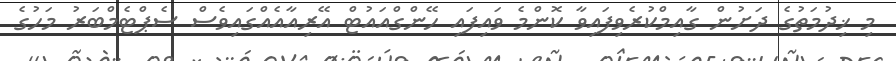
މި ޚިދުމަތުގެ ދަށުން ގާއިމްކުރެވިފައިވާ ކޮންމެ ވައިފައި ހޭންގްއައުޓް އޭރިއާއެއްގައިވެސް ސެޕްޓެމްބަރު މަހުގެ